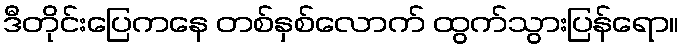
ဒီတိုင်းပြေကနေ တစ်နှစ်လောက် ထွက်သွားပြန်ရော။